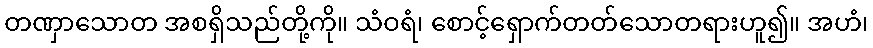
တဏှာသောတ အစရှိသည်တို့ကို။ သံဝရံ၊ စောင့်ရှောက်တတ်သောတရားဟူ၍။ အဟံ၊